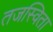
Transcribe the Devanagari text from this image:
तजस्विता